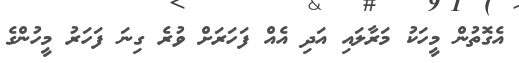
އެގޮތުން މީހަކު މަރާލައި އަދި އެއް ފަހަރަށް ވުރެ ގިނަ ފަހަރު މީހުންގެ